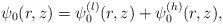
LaTeX: \begin{align*}\psi_0(r,z)= \psi_0^{(l)}(r,z) + \psi_0^{(h)}(r,z),\end{align*}